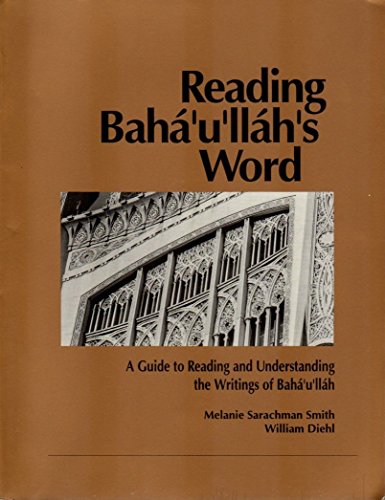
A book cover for Reading Baha'u'llah's Word; Melanie Sarachman Smith; Religion & Spirituality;